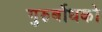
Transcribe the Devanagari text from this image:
गुरुर्बोधको